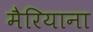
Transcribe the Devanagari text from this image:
मैरियाना